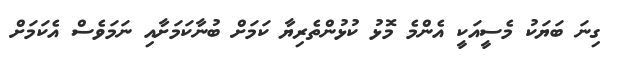
ގިނަ ބަޔަކު މެސީއަކީ އެންމެ މޮޅު ކުޅުންތެރިޔާ ކަމަށް ބުނާކަމަށާއި ނަމަވެސް އެކަމަށް